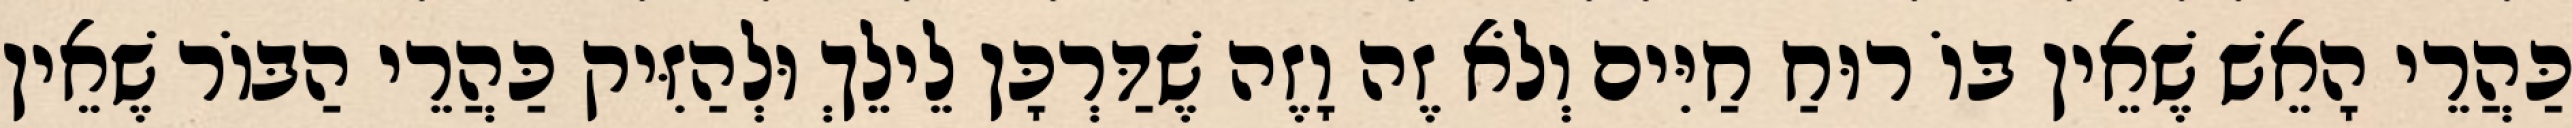
כַּהֲרֵי הָאֵשׁ שֶׁאֵין בּוֹ רוּחַ חַיִּים וְלֹא זֶה וָזֶה שֶׁדַּרְכָּן לֵילֵךְ וּלְהַזִּיק כַּהֲרֵי הַבּוֹר שֶׁאֵין